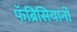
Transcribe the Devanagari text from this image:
फॅब्रिसियानो